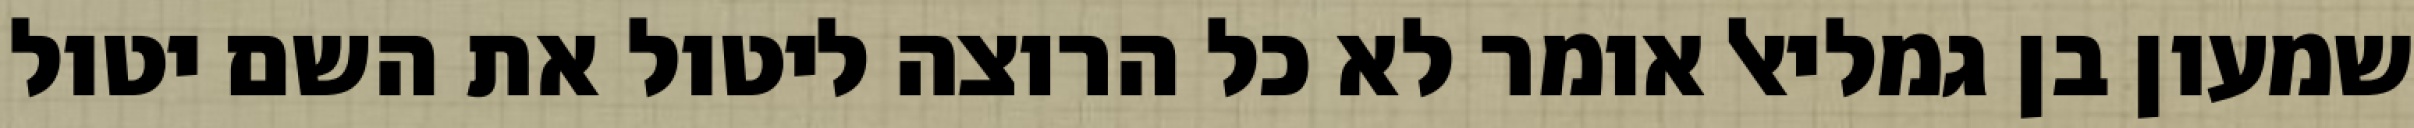
שמעון בן גמליאל אומר לא כל הרוצה ליטול את השם יטול